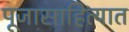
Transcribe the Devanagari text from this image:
पूजासाहित्यात